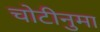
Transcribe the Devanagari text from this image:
चोटीनुमा